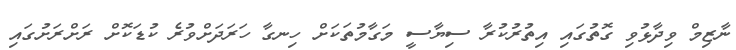
ނާޒިމް ވިދާޅުވި ގޮތުގައި އިތުރުކުރާ ސިޔާސީ މަގާމުތަކަށް ހިނގާ ހަރަދަށްވުރެ ކުޑަކޮށް ރަށްރަށުގައި